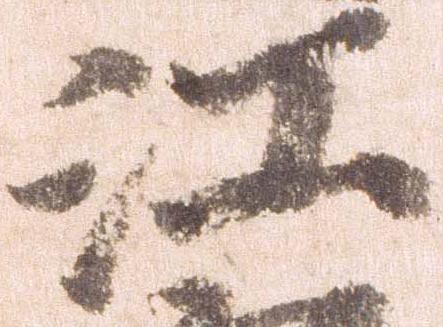
江